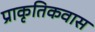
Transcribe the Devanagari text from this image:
प्राकृतिकवास